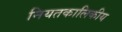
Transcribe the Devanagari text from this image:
नियतकालिकीय